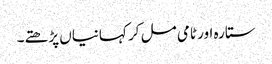
ستارہ اور ٹامی مل کر کہانیاں پڑھتے۔